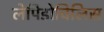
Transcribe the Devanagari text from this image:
लेपिडोचिलिस